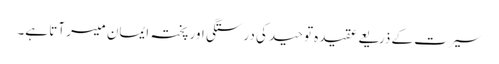
سیرت کے ذریعے عقیدہ توحید کی درستگی اور پختہ ایمان میسر آتا ہے۔